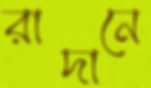
রাদানে